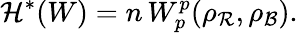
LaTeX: {\mathcal H}^{*}(W)=n\, W_{p}^{p}(\rho_{\mathcal R},\rho_{\mathcal B}).